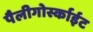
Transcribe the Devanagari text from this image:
पैलीगोर्स्काईट